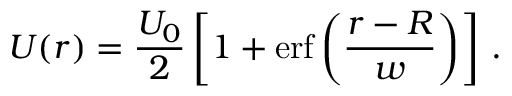
U ( r ) = \frac { U _ { 0 } } { 2 } \left[ 1 + \mathrm { e r f } \left( \frac { r - R } { w } \right) \right] \, .